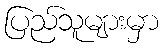
ပြည်သူများမှာ